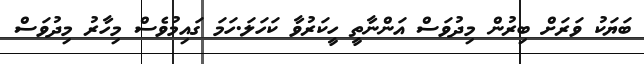
ބަޔަކު ވަރަށް ބިރުން މިދުވަސް އަންނާތީ ހީކަރުވާ ކަހަލަ.ހަމަ ގައިމުވެސް މިހާރު މިދުވަސް